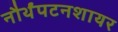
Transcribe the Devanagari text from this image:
नौर्थंपटनशायर